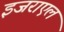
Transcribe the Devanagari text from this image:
इजराएल